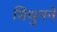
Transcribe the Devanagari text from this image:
मिथुनने